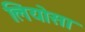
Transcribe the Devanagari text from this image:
लियोसा